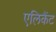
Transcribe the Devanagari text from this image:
एलिकैंट